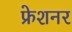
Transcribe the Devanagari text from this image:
फ्रेशनर